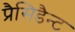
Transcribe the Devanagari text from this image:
प्रैसिडैन्ट